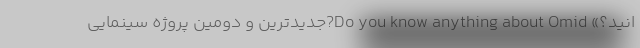
انید؟» Do you know anything about Omid?جدیدترین و دومین پروژه سینمایی